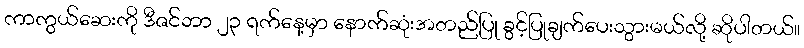
ကာကွယ်ဆေးကို ဒီဇင်ဘာ ၂၃ ရက်နေ့မှာ နောက်ဆုံးအတည်ပြု ခွင့်ပြုချက်ပေးသွားမယ်လို့ ဆိုပါတယ်။